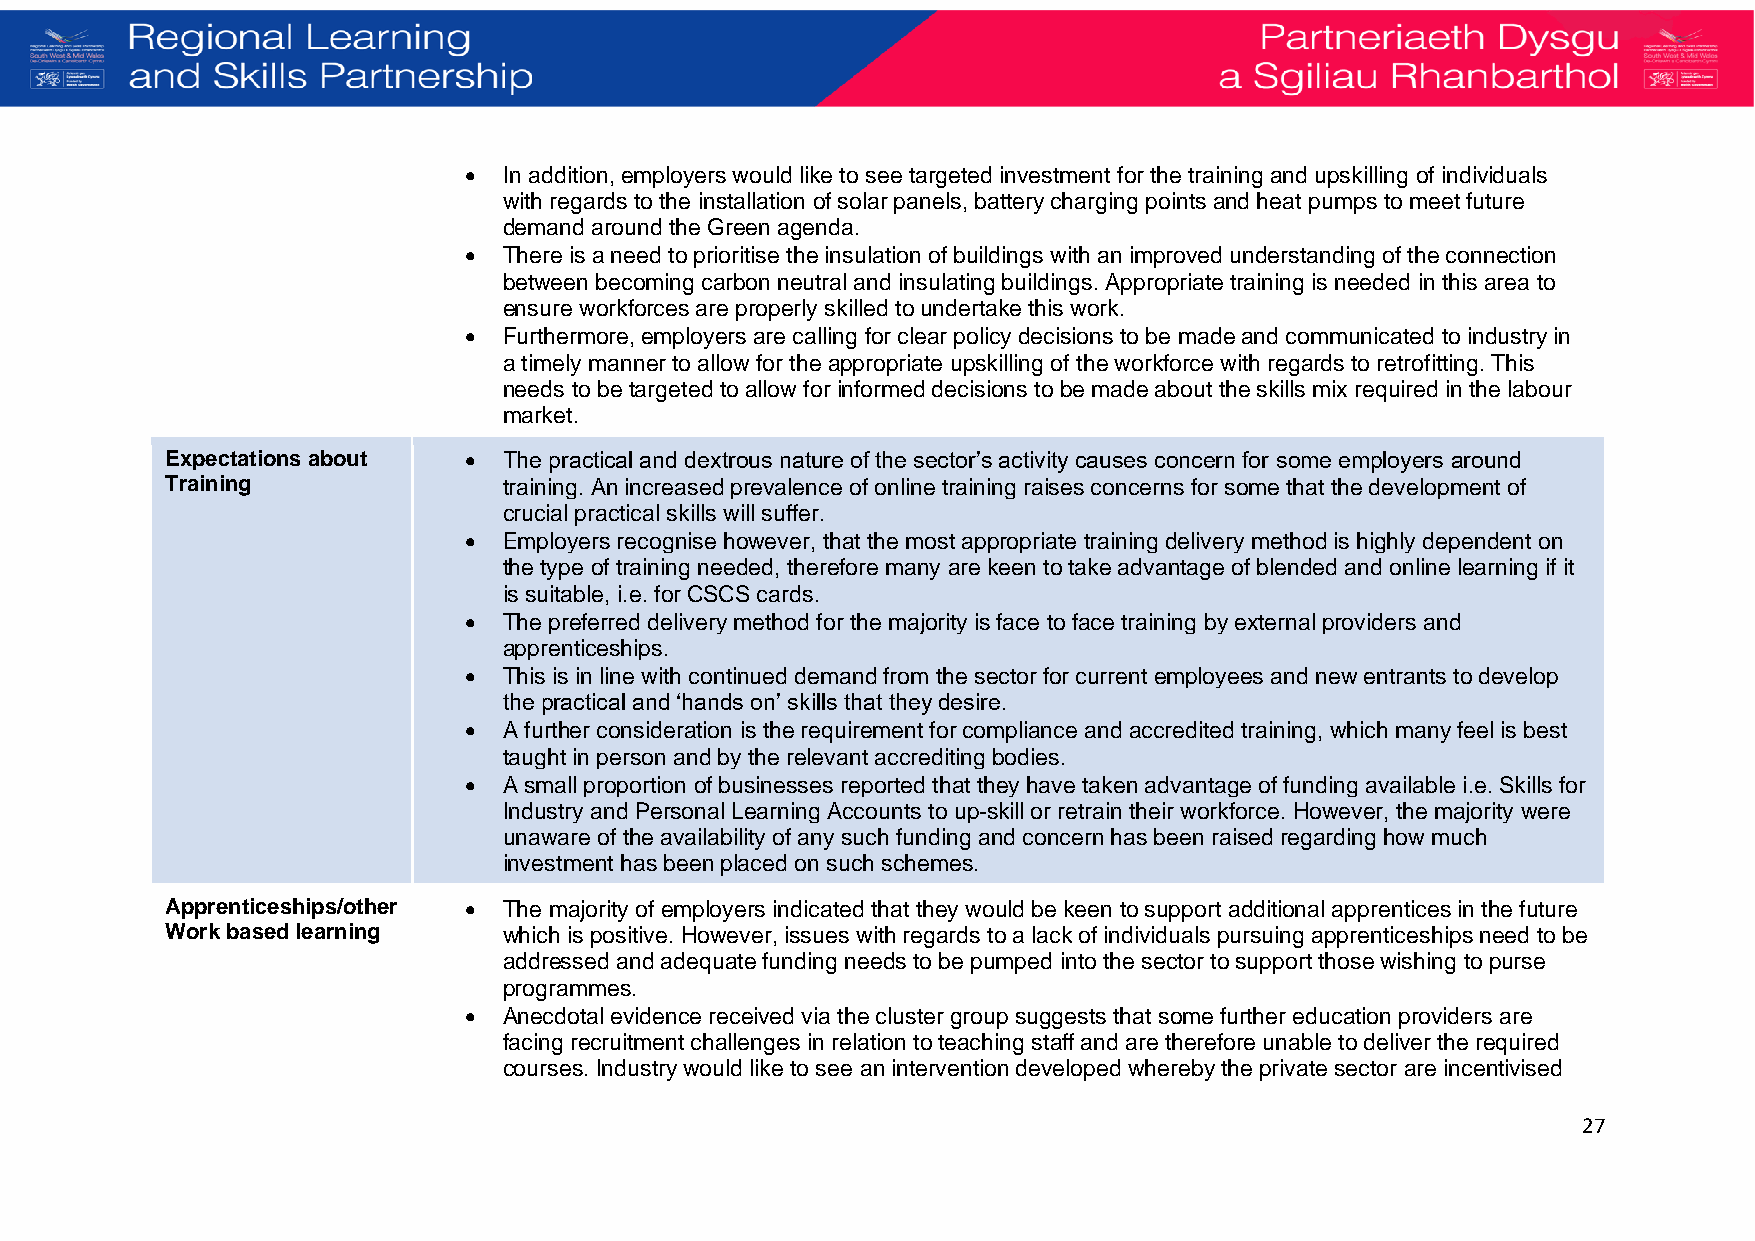
• In addition, employers would like to see targeted investment for the training and upskilling of individuals
 with regards to the installation of solar panels, battery charging points and heat pumps to meet future
 demand around the Green agenda.
 • There is a need to prioritise the insulation of buildings with an improved understanding of the connection
 between becoming carbon neutral and insulating buildings. Appropriate training is needed in this area to
 ensure workforces are properly skilled to undertake this work.
 • Furthermore, employers are calling for clear policy decisions to be made and communicated to industry in
 a timely manner to allow for the appropriate upskilling of the workforce with regards to retrofitting. This
 needs to be targeted to allow for informed decisions to be made about the skills mix required in the labour
 market.
 Expectations about  • The practical and dextrous nature of the sector’s activity causes concern for some employers around
 Training              training. An increased prevalence of online training raises concerns for some that the development of
 crucial practical skills will suffer.
 • Employers recognise however, that the most appropriate training delivery method is highly dependent on
 the type of training needed, therefore many are keen to take advantage of blended and online learning if it
 is suitable, i.e. for CSCS cards.
 • The preferred delivery method for the majority is face to face training by external providers and
 apprenticeships.
 • This is in line with continued demand from the sector for current employees and new entrants to develop
 the practical and ‘hands on’ skills that they desire.
 • A further consideration is the requirement for compliance and accredited training, which many feel is best
 taught in person and by the relevant accrediting bodies.
 • A small proportion of businesses reported that they have taken advantage of funding available i.e. Skills for
 Industry and Personal Learning Accounts to up-skill or retrain their workforce. However, the majority were
 unaware of the availability of any such funding and concern has been raised regarding how much
 investment has been placed on such schemes.
 Apprenticeships/other • The majority of employers indicated that they would be keen to support additional apprentices in the future
 Work based learning   which is positive. However, issues with regards to a lack of individuals pursuing apprenticeships need to be
 addressed and adequate funding needs to be pumped into the sector to support those wishing to purse
 programmes.
 • Anecdotal evidence received via the cluster group suggests that some further education providers are
 facing recruitment challenges in relation to teaching staff and are therefore unable to deliver the required
 courses. Industry would like to see an intervention developed whereby the private sector are incentivised
 27